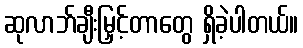
ဆုလာဘ်ချီးမြှင့်တာတွေ ရှိခဲ့ပါတယ်။